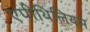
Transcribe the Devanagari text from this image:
एपीथिलियम